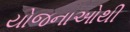
યોજનાઓથી